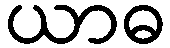
ယာဓ